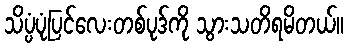
သိပ္ပံပုံပြင်လေးတစ်ပုဒ်ကို သွားသတိရမိတယ်။